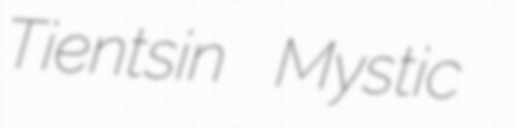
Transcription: Tientsin Mystic